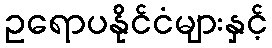
ဥရောပနိုင်ငံများနှင့်